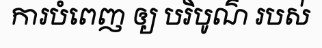
ការបំពេញ ឲ្យ បរិបូណ៌ របស់